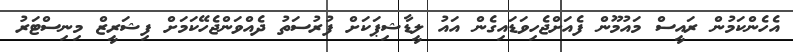
އެހެންކަމުން ރައީސް މައުމޫން ފެއަށްޖެހިވަޑައިގެން އައު ލީޑާޝިޕަކަށް ފުރުސަތު ދެއްވަންޖެހޭކަމަށް ފިޝަރީޒް މިނިސްޓަރު